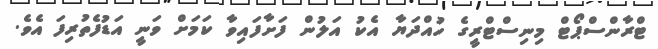
ޓްރާންސްޕޯޓް މިނިސްޓްރީގެ ހުއްދަޔާ އެކު އަލުން ފަށާފައިވާ ކަމަށް ވަނީ އަޑުފެތުރިފަ އެވެ.